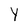
Character: Y